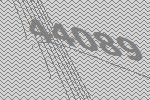
44089